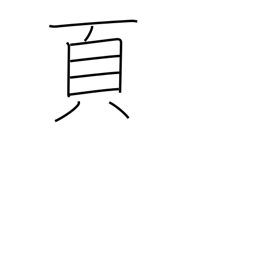
Meaning: page